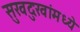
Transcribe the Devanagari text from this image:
सुखदुःखांमध्ये